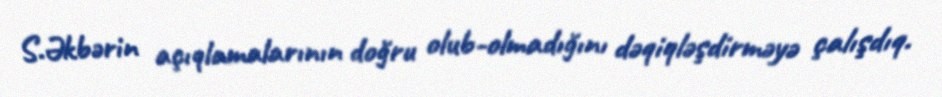
S.Əkbərin açıqlamalarının doğru olub-olmadığını dəqiqləşdirməyə çalışdıq.